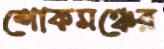
শোকমঞ্চের